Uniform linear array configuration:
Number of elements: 24
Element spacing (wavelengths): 0.75
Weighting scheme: exponential
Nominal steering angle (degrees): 15
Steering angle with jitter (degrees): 14.291
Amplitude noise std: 0.05
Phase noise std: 0.05

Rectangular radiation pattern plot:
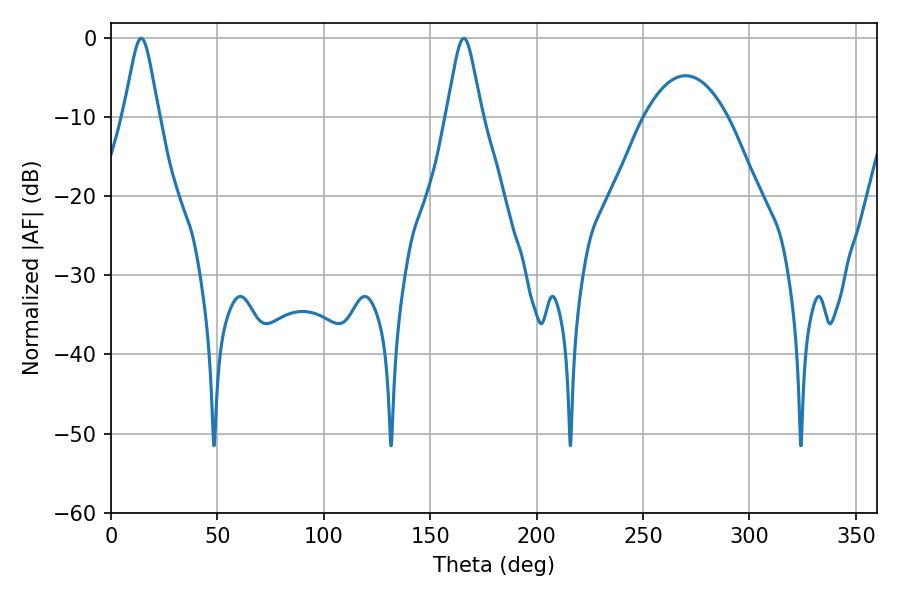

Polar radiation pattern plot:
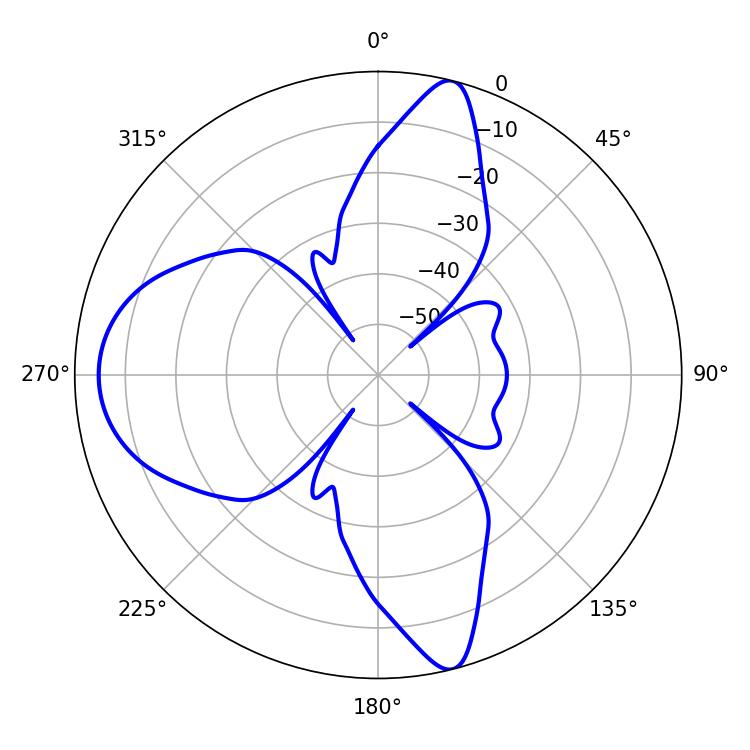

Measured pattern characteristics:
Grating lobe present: TRUE
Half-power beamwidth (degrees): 7.92
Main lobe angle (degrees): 14.22